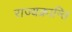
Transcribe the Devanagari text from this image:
राज्यक्रान्ति